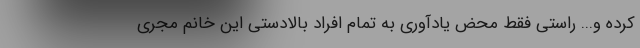
کرده و... راستی فقط محض یادآوری به تمام افراد بالادستی این خانم مجری